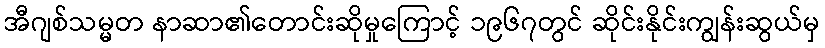
အီဂျစ်သမ္မတ နာဆာ၏တောင်းဆိုမှုကြောင့် ၁၉၆၇တွင် ဆိုင်းနိုင်းကျွန်းဆွယ်မှ